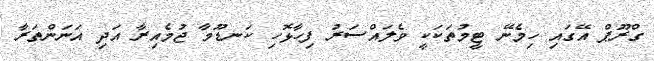
ގްރޫޕް އޭގައި ހިމެނޭ ޓީމުތަކަކީ ވެލައްސަރު ފިހާޅޮހި ކަނޑޫމާ ޖުމެއިރާ އަދި އަނަންތަރާ